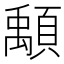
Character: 𩔔